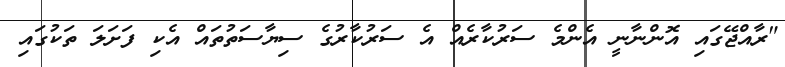
"ރާއްޖޭގައި އޮންނާނީ އެންމެ ސަރުކާރެއް އެ ސަރުކާރުގެ ސިޔާސަތުތައް އެކި ފަށަލަ ތަކުގައި